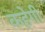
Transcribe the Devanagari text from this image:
कहेगी